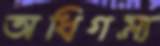
অধিগম্য